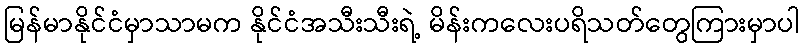
မြန်မာနိုင်ငံမှာသာမက နိုင်ငံအသီးသီးရဲ့ မိန်းကလေးပရိသတ်တွေကြားမှာပါ